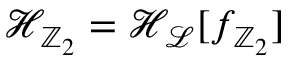
\mathcal { H } _ { \mathbb { Z } _ { 2 } } = \mathcal { H } _ { \mathcal { L } } [ f _ { \mathbb { Z } _ { 2 } } ]